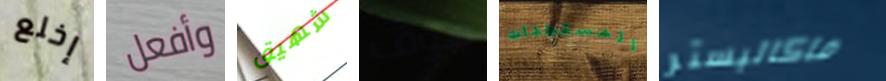
إخلع وأفعل شهيق سوف المستجدات ماكاليستر